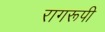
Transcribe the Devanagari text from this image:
रागरूपी